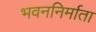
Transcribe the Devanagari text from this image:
भवननिर्माता